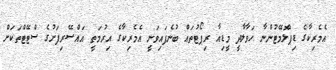
އެމެރިކާގެ ޑިޕްލޮމޭޓުންނާ ހަވާލާދީ މީޑިއާ ރިޕޯޓުތައް ބުނެފައިވަނީ އެމެރިކާގެ އިރުމަތީ އައްސޭރިފަށުގެ ސްޓޭޓްތަކަށް